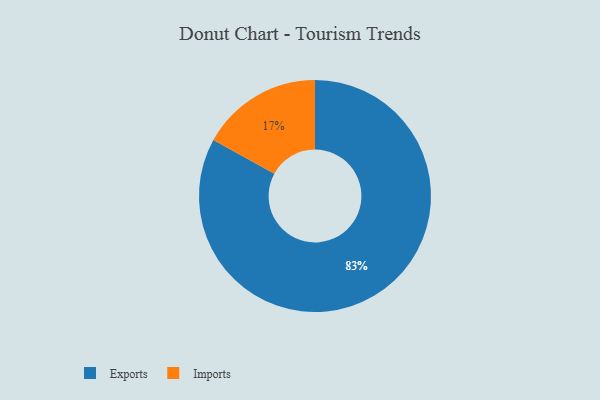
{"axis": {"x": "Category", "y": "Percentage"}, "legend": ["Exports", "Imports"], "data": [{"x": "Imports", "y": 17, "type": "Imports"}, {"x": "Exports", "y": 83, "type": "Exports"}]}